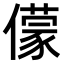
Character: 𠐁